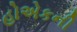
હોએકની